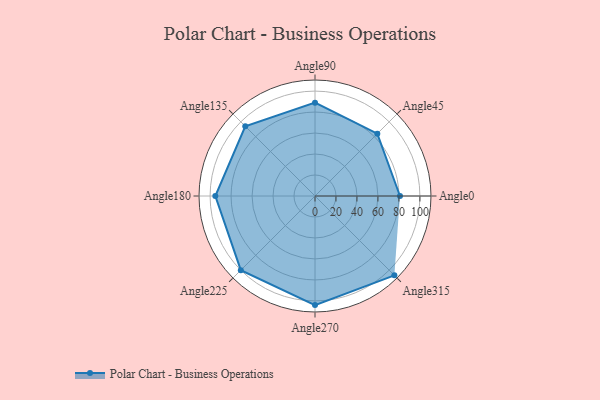
{"axis": {"x": "Angle", "y": "Radius"}, "legend": [""], "data": [{"x": "Angle0", "y": 81.0, "type": ""}, {"x": "Angle45", "y": 84.0, "type": ""}, {"x": "Angle90", "y": 89.0, "type": ""}, {"x": "Angle135", "y": 94.0, "type": ""}, {"x": "Angle180", "y": 95.0, "type": ""}, {"x": "Angle225", "y": 100.0, "type": ""}, {"x": "Angle270", "y": 104.0, "type": ""}, {"x": "Angle315", "y": 107.0, "type": ""}]}